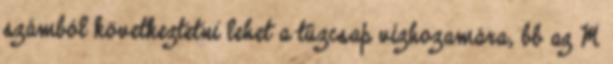
számból következtetni lehet a tûzcsap vízhozamára, bb az M